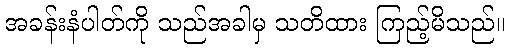
အခန်းနံပါတ်ကို သည်အခါမှ သတိထား ကြည့်မိသည်။